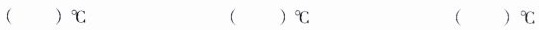
()℃ ()℃ ()℃